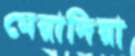
মেরাদিয়া